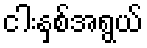
ငါးနှစ်အရွယ်